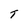
Character: T